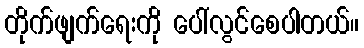
တိုက်ဖျက်ရေးကို ပေါ်လွင်စေပါတယ်။